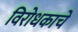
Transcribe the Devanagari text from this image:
विरोधकाचे